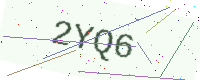
Text: 2YQ6